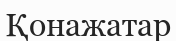
Қонажатар